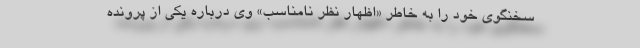
سخنگوی خود را به خاطر «اظهار نظر نامناسب» وی درباره یکی از پرونده